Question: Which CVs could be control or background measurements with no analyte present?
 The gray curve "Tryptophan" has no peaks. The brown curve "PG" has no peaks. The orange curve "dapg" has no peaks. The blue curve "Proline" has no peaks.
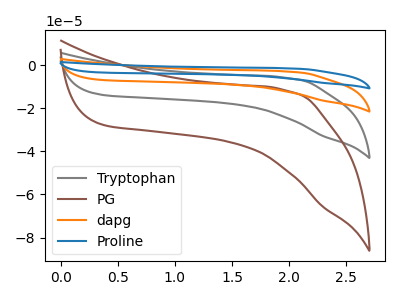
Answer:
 <answer>"Tryptophan", "PG", "dapg" and "Proline" are likely to be blanks.</answer>
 <eval>"Tryptophan", "PG", "dapg", "Proline"</eval>